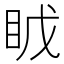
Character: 𪾤